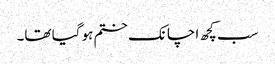
سب کچھ اچانک ختم ہو گیا تھا۔